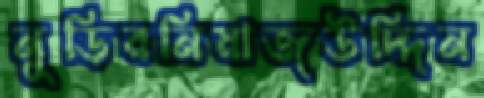
নুড়িরনিয়াজউদ্দিন